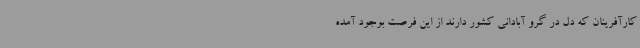
کارآفرینان که دل در گرو آبادانی کشور دارند از این فرصت بوجود آمده